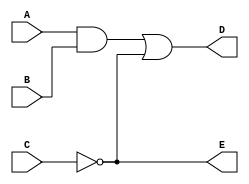
module sample (A,B,C,D,E);

    input A;
    input B;
    input C;

    output D;
    output E;

    wire w1;
    and g1(w1, A, B);
    not g2(E,C);
    or g3(D,w1,E);

endmodule